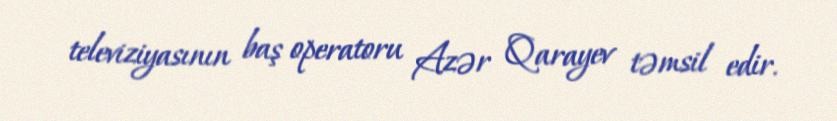
televiziyasının baş operatoru Azər Qarayev təmsil edir.